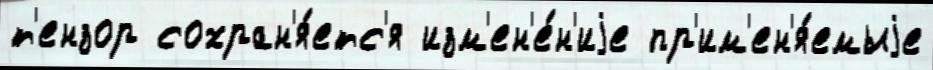
т'ензор сохран'я́етс'я изм'ен'е́н'иjе пр'им'ен'я́емыjе